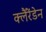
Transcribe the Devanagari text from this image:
क्लैंरेंडेन